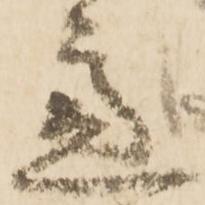
慮